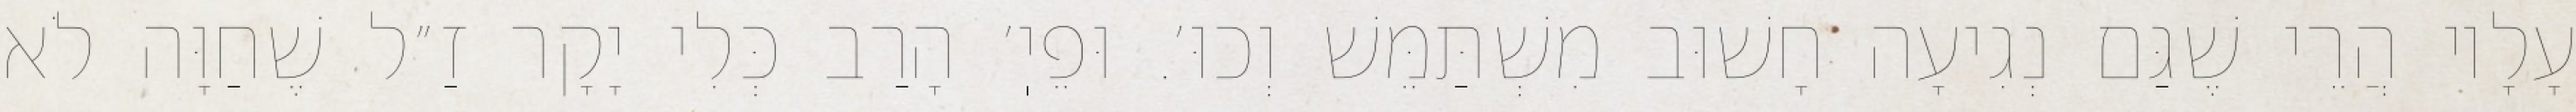
עָלָיו הֲרֵי שֶׁגַּם נְגִיעָה חָשׁוּב מִשְׁתַּמֵּשׁ וְכוּ׳. וּפֵיֽ׳ הָרַב כְּלִי יָקָר זַ״ל שֶׁחַוָּה לֹא